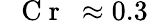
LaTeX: \mathrm{~\textit~{~C~r~}~}{}\approx 0.3